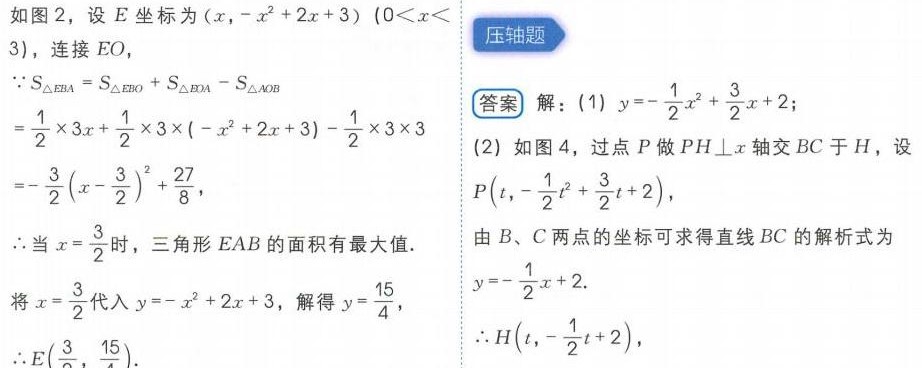
如图2，设\(E\)坐标为\((x,-x^{2}+2x + 3)\ (0<x<3)\)，连接\(EO\)，
\(\because S_{\triangle EBA}=S_{\triangle EBO}+S_{\triangle EOA}-S_{\triangle AOB}\)
\(=\frac{1}{2}\times3x+\frac{1}{2}\times3\times(-x^{2}+2x + 3)-\frac{1}{2}\times3\times3\)
\(=-\frac{3}{2}(x - \frac{3}{2})^{2}+\frac{27}{8}\)，
\(\therefore\)当\(x = \frac{3}{2}\)时，三角形\(EAB\)的面积有最大值.
将\(x = \frac{3}{2}\)代入\(y=-x^{2}+2x + 3\)，解得\(y = \frac{15}{4}\)，
\(\therefore E(\frac{3}{2},\frac{15}{4})\).
**压轴题**
**答案** 解：(1) \(y = -\frac{1}{2}x^{2}+\frac{3}{2}x + 2\)；
(2) 如图4，过点\(P\)做\(PH\perp x\)轴交\(BC\)于\(H\)，设\(P(t,-\frac{1}{2}t^{2}+\frac{3}{2}t + 2)\)，
由\(B、C\)两点的坐标可求得直线\(BC\)的解析式为\(y = -\frac{1}{2}x + 2\).
\(\therefore H(t,-\frac{1}{2}t + 2)\)，